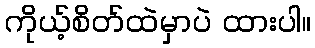
ကိုယ့်စိတ်ထဲမှာပဲ ထားပါ။